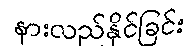
နားလည်နိုင်ခြင်း